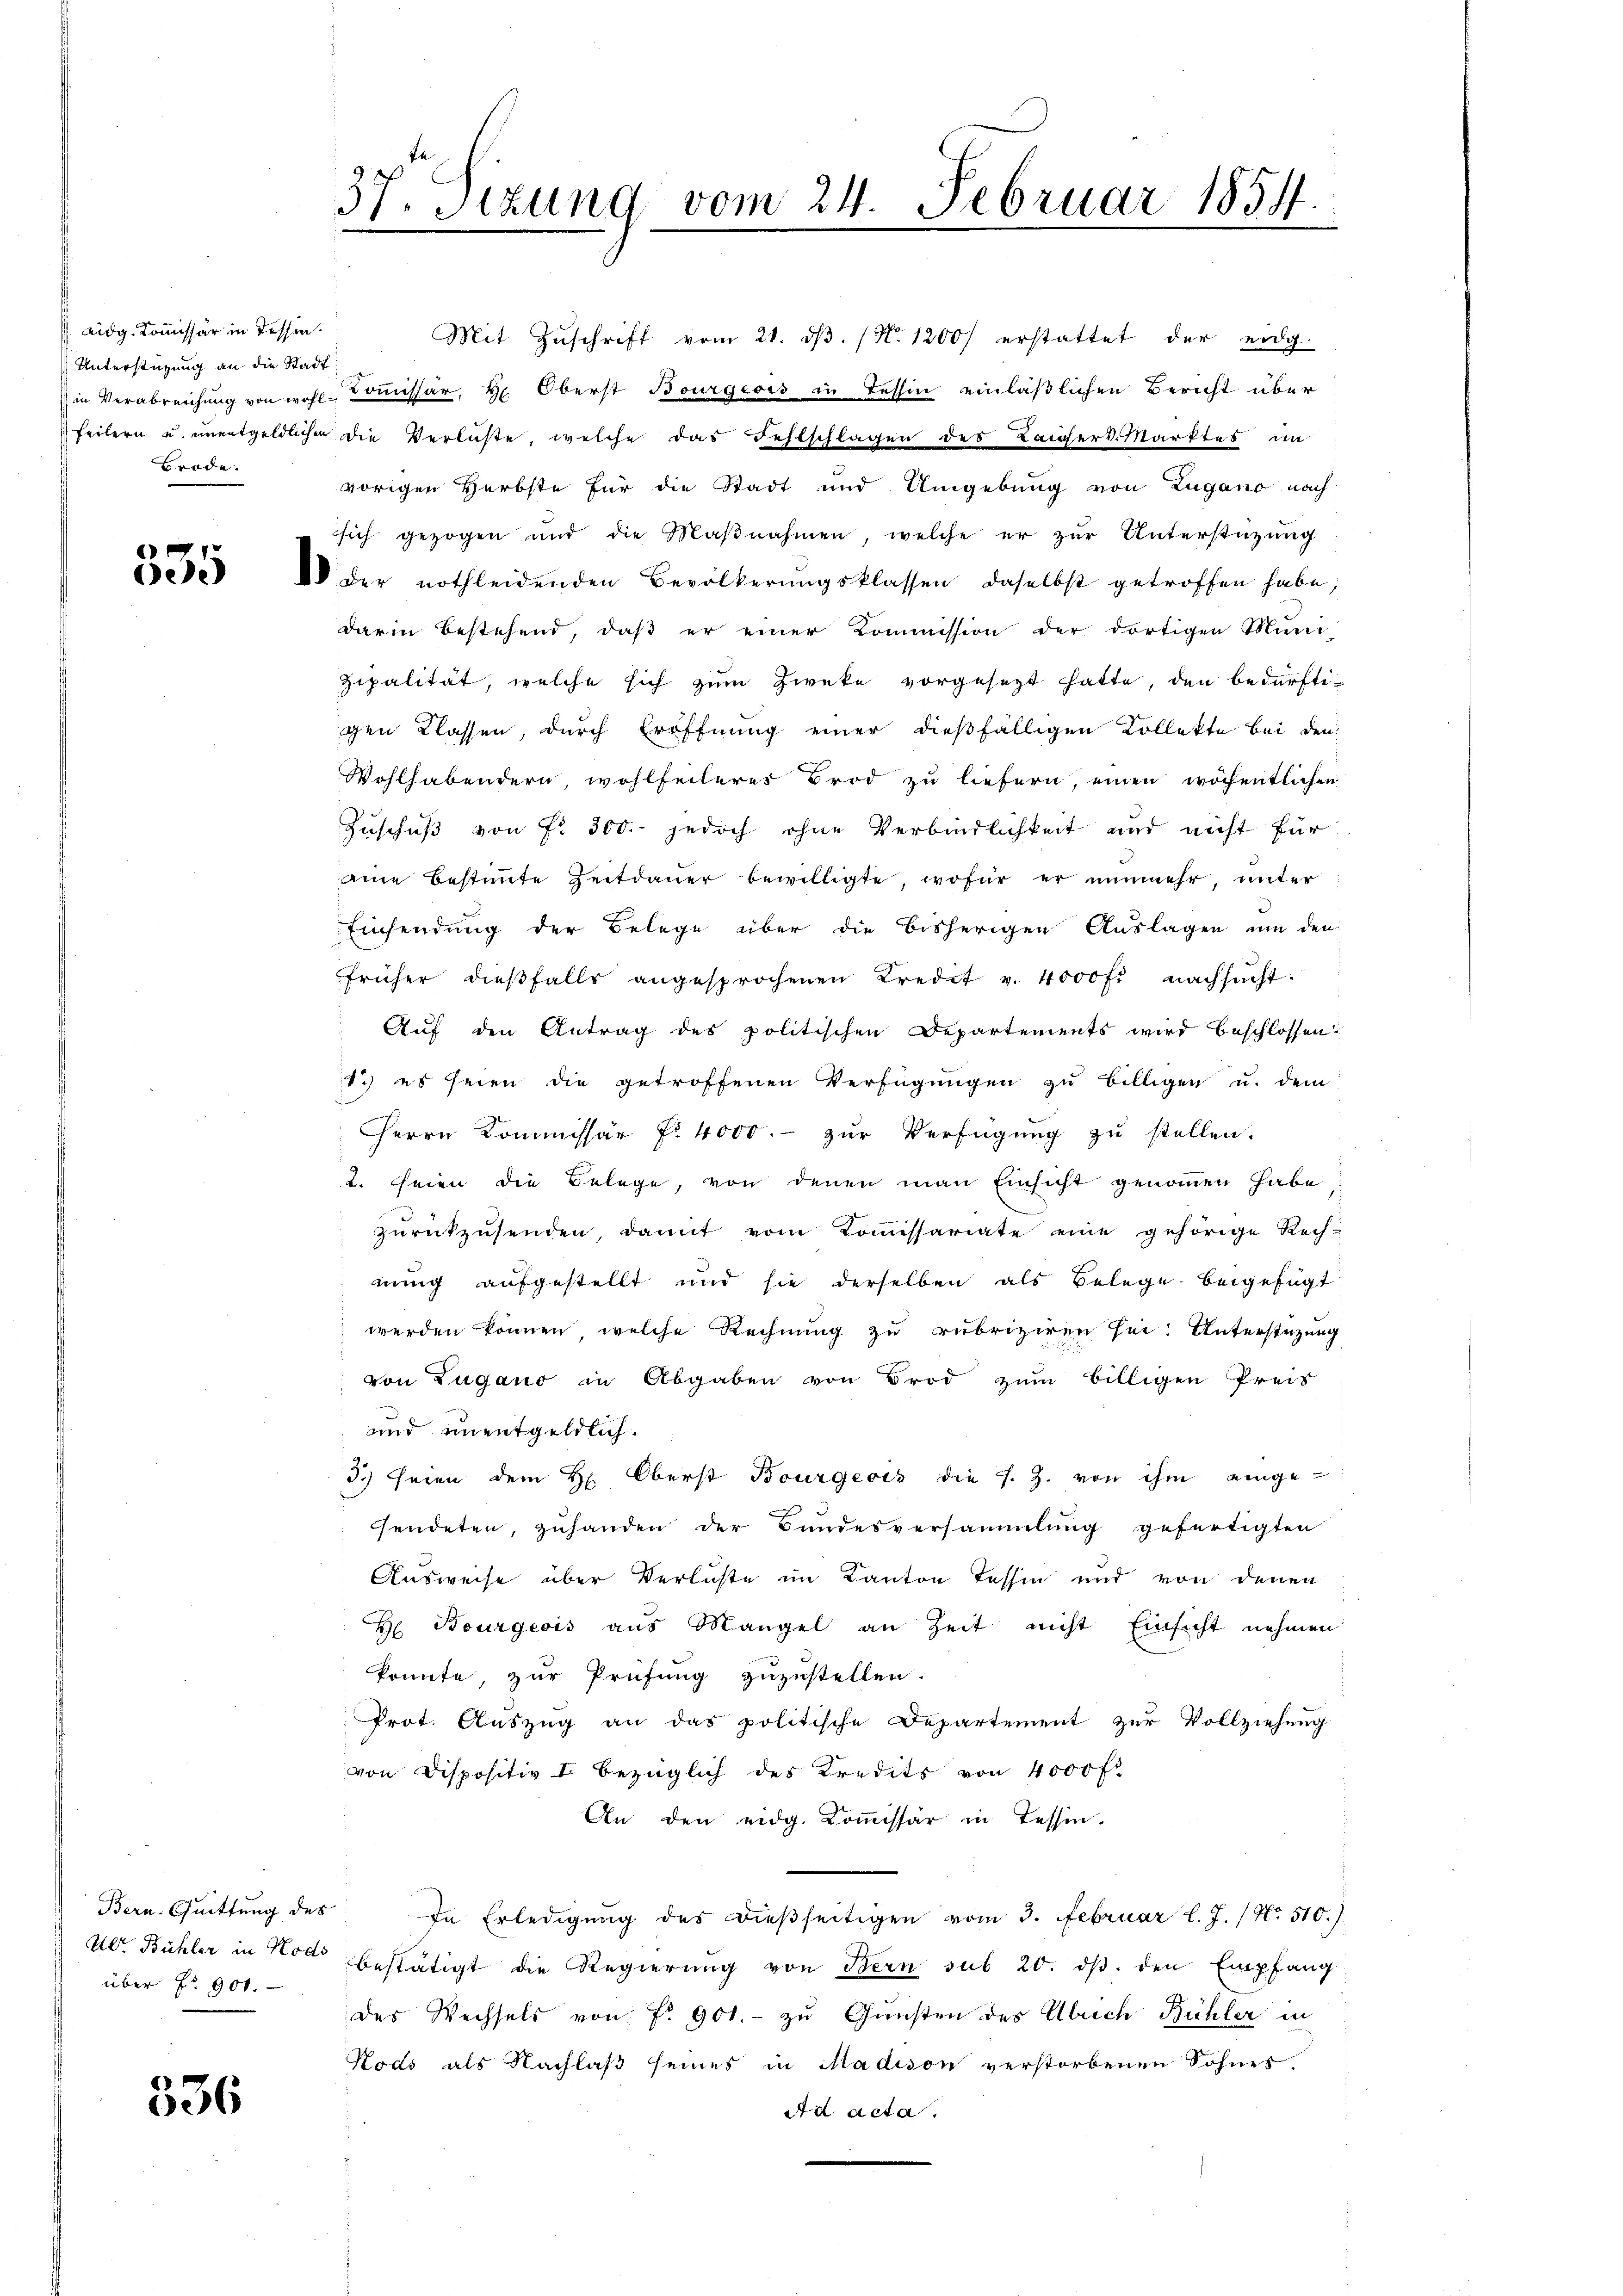
eidg. Kommissär in Tessin.
Unterstützung an die Stadt
Brode.

e
e

536

über Nr. 901.

37. Sitzung vom 24. Februar 1854.
.
e

Mit Zŭschrift vom 21. dβ. (N. 1200) erstattet der eidg.
in Verabreichung von wohl-Commissär, H. Oberst Bourgeois in Tessin einläßlichen Bericht über
feilern u. unentgeldlichen die Verlüste, welche das Festschlagen des Kaisers. Marktes im
vorigen Herbste für die Stadt und Umgebung von Zugano nach
sich gezogen und die Maβnahmen, welche er zŭr Unterstützŭng
 der nothleidenden Bevölkerŭngsklassen, daselbst getroffen habe;
darin bestehend, daβ er einer Kommission der dortigen Mini-
zipalität, welche sich zum Zweke vorgesezt hatte, den bedürftigen Klassen, durch Eröffnung einer dießfälligen Collekte bei den
Wohlhabendern, wohlfeileres Brod zu liefern, einen wöchentlichen
Zuschuß von Fr. 300. jedoch ohne Verbindlichkeit und nicht für
aine Bestimmte Zeitdauer bewilligte, wofür er nunmehr, unter
Einsendung der Belege über die bisherigen Auslagen um den
früher dieβfalls angesprochenen Kredit v. 4000 f. nachsucht.
Auf den Antrag des politischen Departements wird beschlossen:
1.) es seien die getroffenen Verfügungen zu billigen u. dem
Herrn Kommissär f. 4000.- zŭr Verfügung zu stellen.
2. seien die Belege, von denen man Einsicht genommen habe
zŭrückzŭsenden, damit vom Koṁissariate eine gehörige Rech-
nung aufgestellt und sie derselben als Belege beigefügt
werden können, welche Rechnung zu rubriziren sei. Unterstützung
von Zugano in Abgaben von Brod zum billigen Preis
und unentgeldlich.
3) seien dem H. Oberst Bourgeois die s. Z. von ihm einge-
sendeten, zuhanden der Bundesversammlung gefertigten
Ausweise über Verluste im Kanton Tessin und von denen
H Bourgeois aus Mangel an Zeit nicht Einsicht nehmen
konnte, zur Prüfung zuzustellen.
Prot. Auszug an das politische Departement zur Vollziehung
von Dispositiv I bezüglich des Kredits von 4000 f.
An den eidg. Kommissär in Tessin.
Bern. Quittung des In Erledigung des dießseitigen vom 3. Februar l. J. / No. 510.)
Ulr. Bühler in Nodo bestätigt die Regierung von Bern sub 20. dβ. den Empfang
des Wechsels von No 901.- zu Gunsten des Ulrich Bühler in
Kods als Nachlaß seines in Madison verstorbenen Sohnes.
Ad acta.